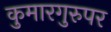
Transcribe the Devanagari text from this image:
कुमारगुरुपर